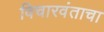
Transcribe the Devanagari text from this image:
विचारवंताचा